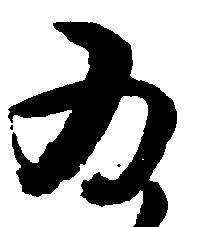
為